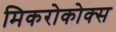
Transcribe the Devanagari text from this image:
मिकरोकोक्स